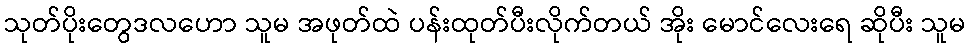
သုတ်ပိုးတွေဒလဟော သူမ အဖုတ်ထဲ ပန်းထုတ်ပီးလိုက်တယ် အိုး မောင်လေးရေ ဆိုပီး သူမ